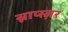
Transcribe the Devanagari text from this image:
स्नाप्स्ज़र